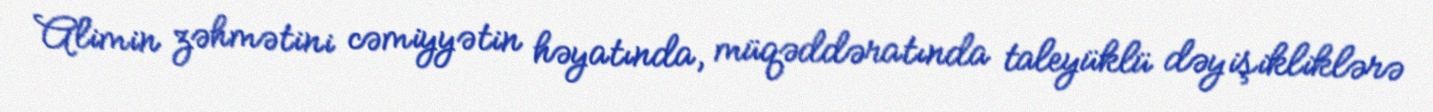
Alimin zəhmətini cəmiyyətin həyatında, müqəddəratında taleyüklü dəyişikliklərə